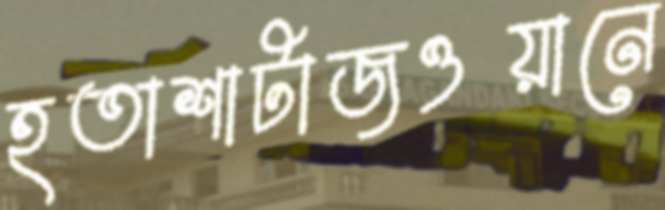
হতাশাটাজওয়ানে